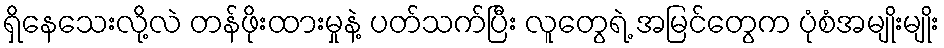
ရှိနေသေးလို့လဲ တန်ဖိုးထားမှုနဲ့ ပတ်သက်ပြီး လူတွေရဲ့ အမြင်တွေက ပုံစံအမျိုးမျိုး